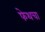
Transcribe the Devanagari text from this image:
फेथचा